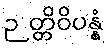
ဉတ္တိဝိပန္နံ